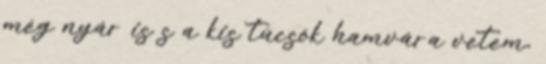
még nyár is s a kis tücsök hamvára vetem,